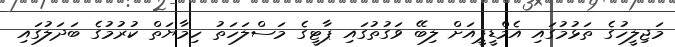
މަޖިލީހުގެ ތަޅުމުގައި އެމްޑީޕީއަށް ލިބޭ ވަގުތުގައި ޕާޓީގެ މަސްލަހަތު ހިމާޔަތް ކުރުމުގެ ބަދަލުގައި